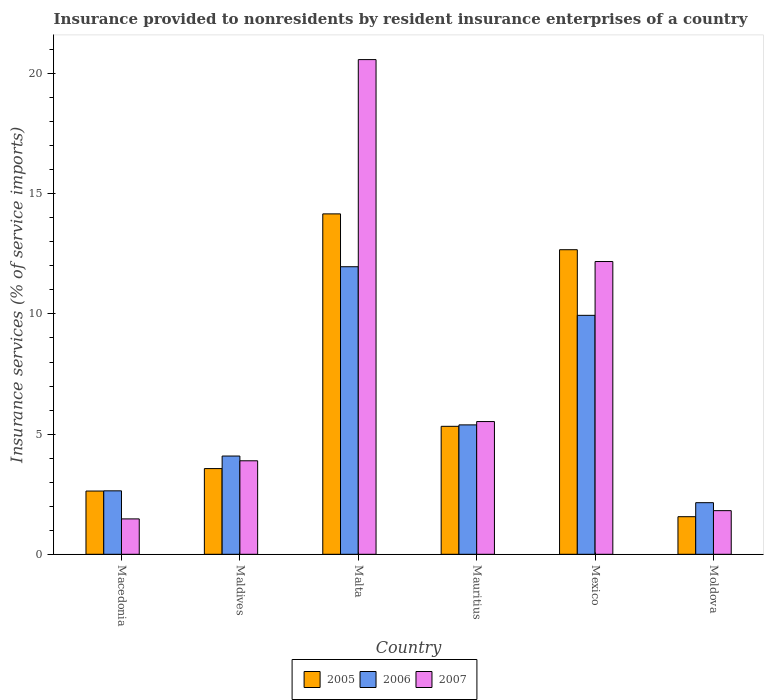
| Country | 2005 | 2006 | 2007 |
 | --- | --- | --- | --- |
 | Macedonia | 2.63 | 2.64 | 1.47 |
 | Maldives | 3.57 | 4.09 | 3.89 |
 | Malta | 14.2 | 12 | 20.6 |
 | Mauritius | 5.32 | 5.38 | 5.52 |
 | Mexico | 12.7 | 9.94 | 12.2 |
 | Moldova | 1.56 | 2.15 | 1.82 |